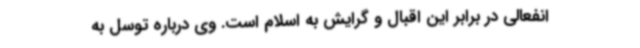
انفعالی در برابر این اقبال و گرایش به اسلام است. وی درباره توسل به